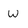
Character: w